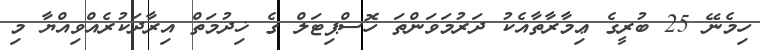
ހިމެނޭ 25 ބުރީގެ ޢިމާރާތާއެކު ދަރުމަވަންތަ ހޮސްޕިޓަލް ގެ ޚިދުމަތް އިރާދަކުރެއްވިއްޔާ މި